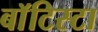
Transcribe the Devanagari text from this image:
बाॅटिस्टा